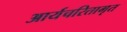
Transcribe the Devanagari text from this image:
आर्यचरितामृत